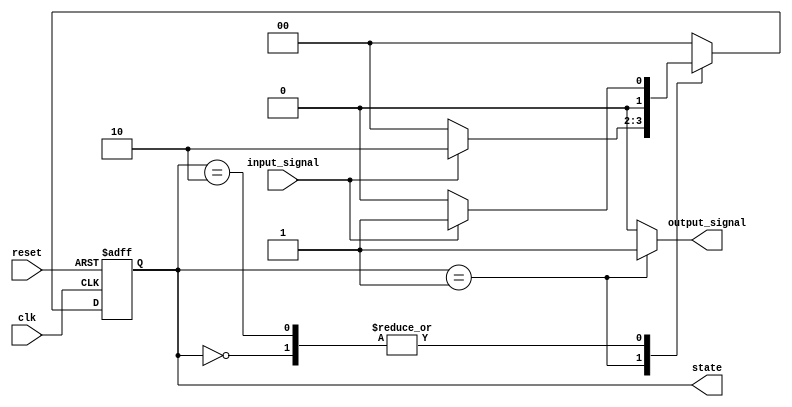
module moore_fsm (
    input wire clk,               // Clock signal
    input wire reset,             // Asynchronous reset signal
    input wire input_signal,      // Input signal for state transitions
    output reg [1:0] state,      // Current state (2 bits for 3 states)
    output reg output_signal      // Output signal based on current state
);

// State encoding
localparam S0 = 2'b00; // State 0
localparam S1 = 2'b01; // State 1
localparam S2 = 2'b10; // State 2

// State transition logic
always @(posedge clk or posedge reset) begin
    if (reset) begin
        state <= S0; // Initialize to state S0 on reset
    end else begin
        case (state)
            S0: begin
                if (input_signal) begin
                    state <= S1; // Transition from S0 to S1
                end else begin
                    state <= S0; // Stay in S0
                end
            end
            S1: begin
                if (input_signal) begin
                    state <= S2; // Transition from S1 to S2
                end else begin
                    state <= S0; // Transition from S1 to S0
                end
            end
            S2: begin
                if (input_signal) begin
                    state <= S1; // Transition from S2 to S1
                end else begin
                    state <= S0; // Transition from S2 to S0
                end
            end
            default: state <= S0; // Default case to avoid undefined states
        endcase
    end
end

// Output logic based on current state
always @(state) begin
    case (state)
        S0: output_signal = 1'b0; // Output for state S0
        S1: output_signal = 1'b1; // Output for state S1
        S2: output_signal = 1'b0; // Output for state S2
        default: output_signal = 1'b0; // Default output
    endcase
end

endmodule